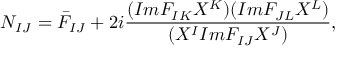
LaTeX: N _ { I J } = \bar { F } _ { I J } + 2 i \frac { ( I m F _ { I K } X ^ { K } ) ( I m F _ { J L } X ^ { L } ) } { ( X ^ { I } I m F _ { I J } X ^ { J } ) } ,